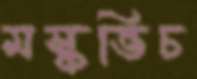
মস্কভিচ